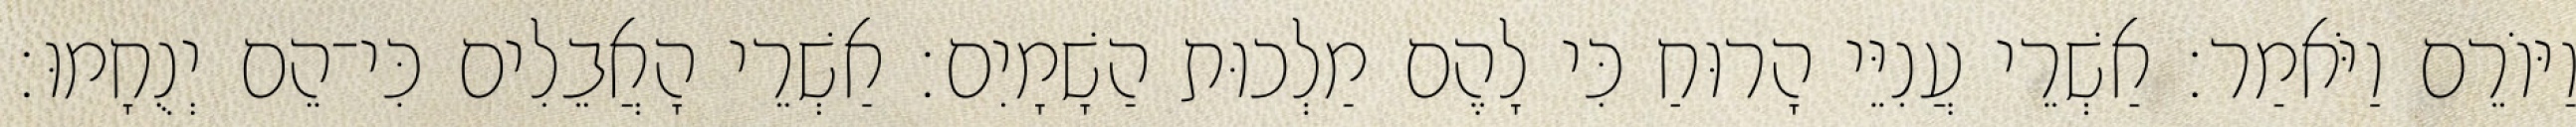
וַיּוֹרֵם וַיֹּאמַר׃ אַשְׁרֵי עֲנִיֵּי הָרוּחַ כִּי לָהֶם מַלְכוּת הַשָׁמָיִם׃ אַשְׁרֵי הָאֲבֵלִים כִּי־הֵם יְנֻחָמוּ׃